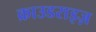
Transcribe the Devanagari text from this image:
क्राउडराइज़